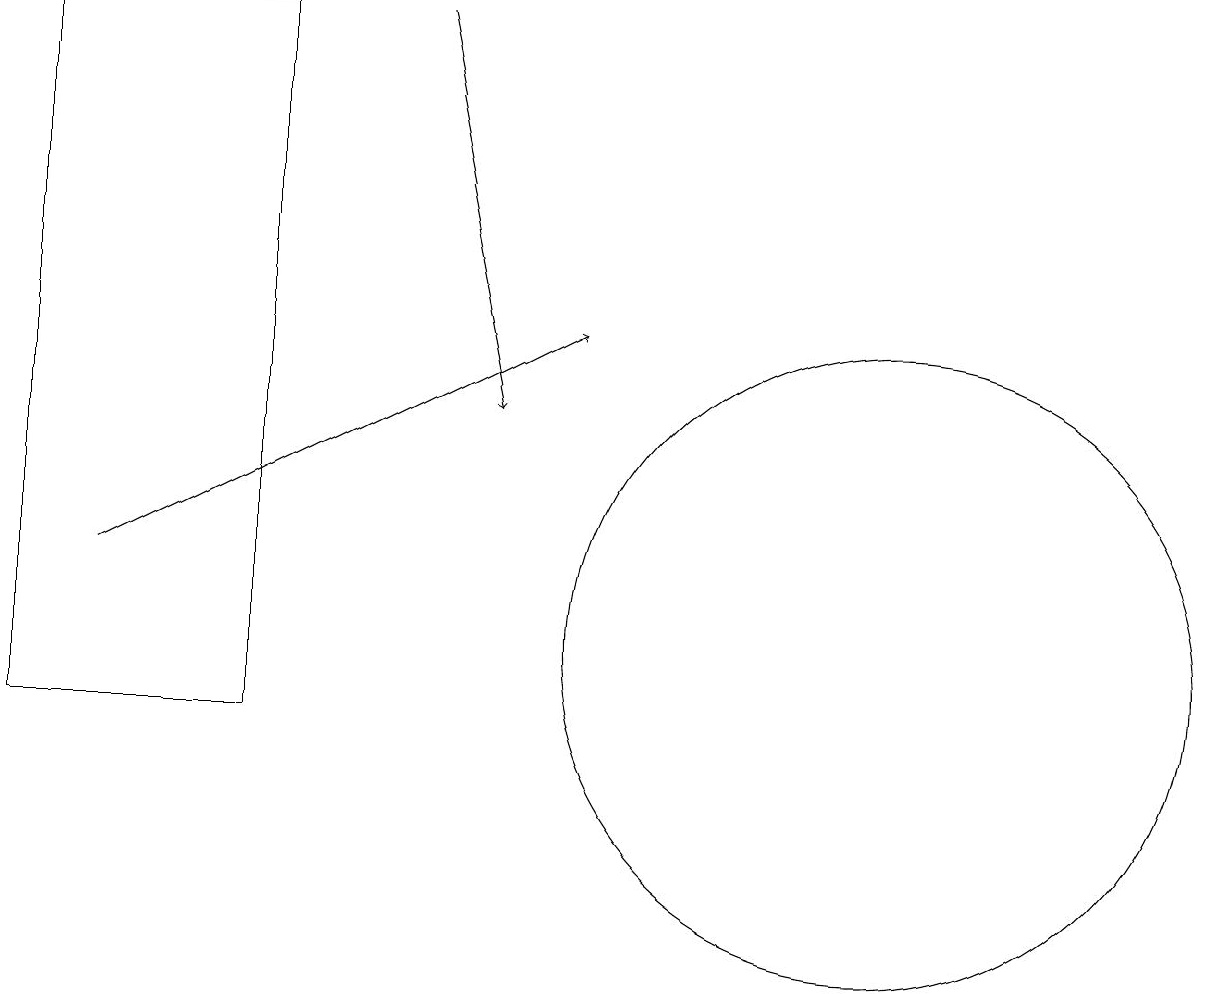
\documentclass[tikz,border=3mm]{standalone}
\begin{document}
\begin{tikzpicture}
\draw[->] (2,12) -- (8,15);
\draw (12,11) circle (4);
\draw (1,10) rectangle (4,19);
\draw[->] (6,19) -- (7,14);
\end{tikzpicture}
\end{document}